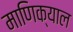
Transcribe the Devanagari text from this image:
माणिक्याल